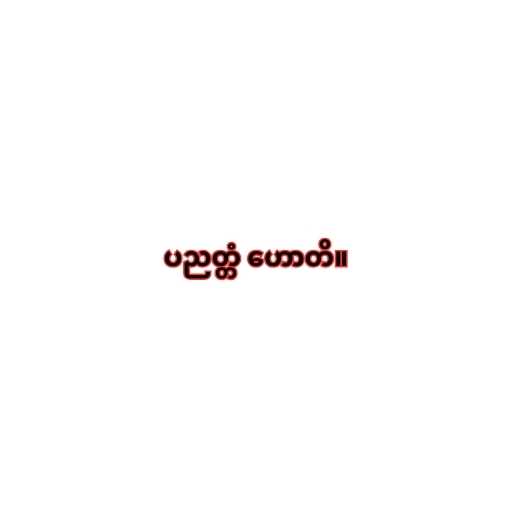
ပညတ္တံ ဟောတိ။